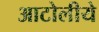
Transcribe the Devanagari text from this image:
आटोलीये